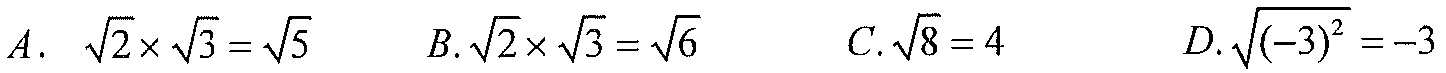
\(A.\ \sqrt{2}\times\sqrt{3}=\sqrt{5}\)  \(B.\sqrt{2}\times\sqrt{3}=\sqrt{6}\)  \(C.\sqrt{8}=4\)  \(D.\sqrt{(-3)^{2}}=-3\)